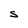
Character: S